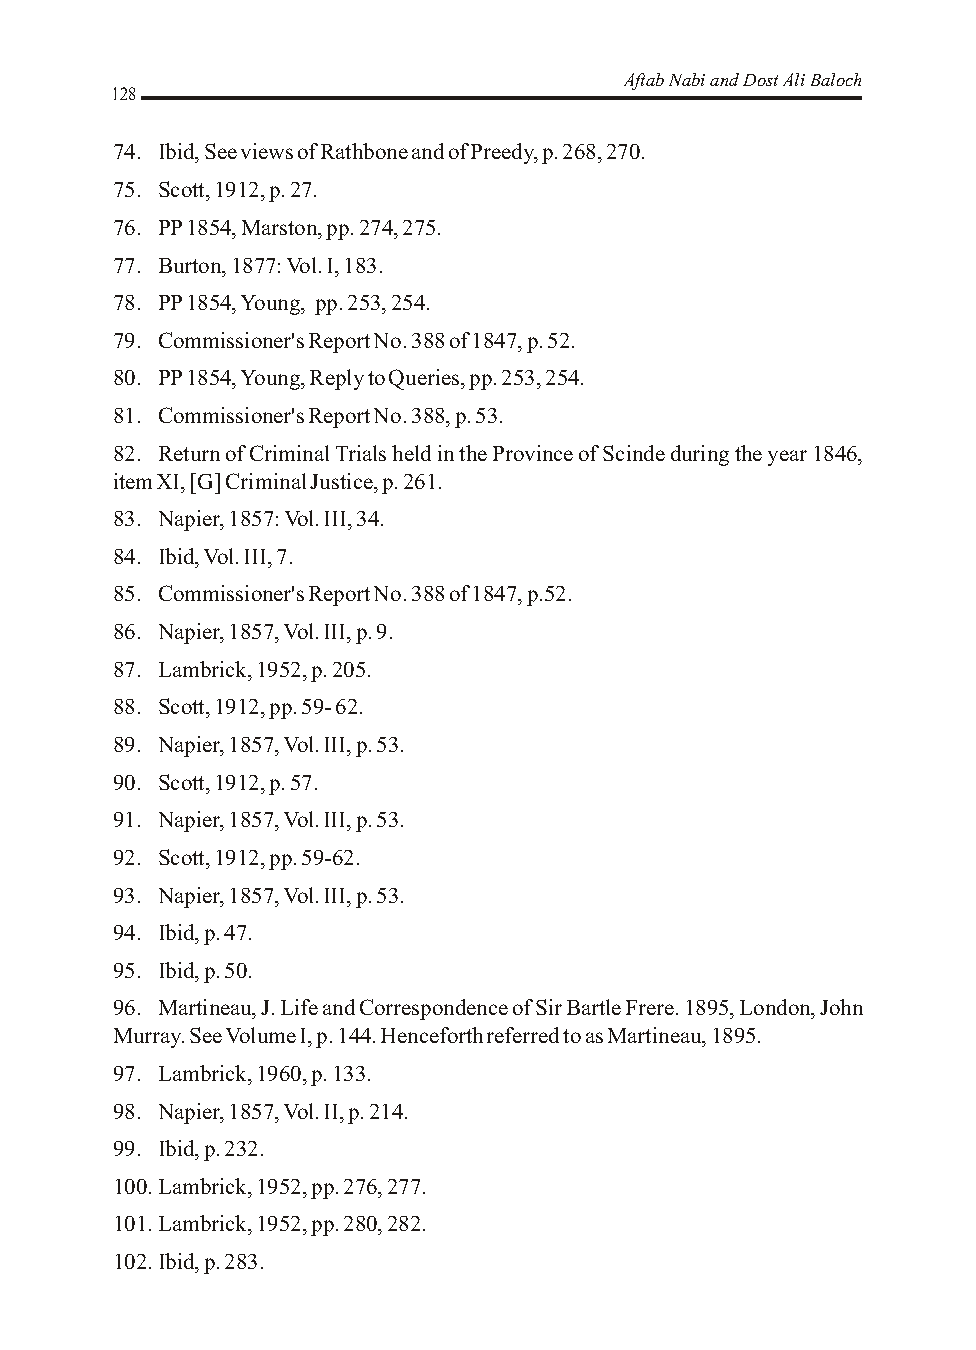
Aftab Nabi and Dost Ali Baloch
 128
 74. Ibid, See views of Rathbone and of Preedy, p. 268, 270.
 75. Scott, 1912, p. 27.
 76. PP 1854, Marston, pp. 274, 275.
 77. Burton, 1877: Vol. I, 183.
 78. PP 1854, Young, pp. 253, 254.
 79. Commissioner's Report No. 388 of 1847, p. 52.
 80. PP 1854, Young, Reply to Queries, pp. 253, 254.
 81. Commissioner's Report No. 388, p. 53.
 82. Return of Criminal Trials held in the Province of Scinde during the year 1846,
 item XI, [G] Criminal Justice, p. 261.
 83. Napier, 1857: Vol. III, 34.
 84. Ibid, Vol. III, 7.
 85. Commissioner's Report No. 388 of 1847, p.52.
 86. Napier, 1857, Vol. III, p. 9.
 87. Lambrick, 1952, p. 205.
 88. Scott, 1912, pp. 59- 62.
 89. Napier, 1857, Vol. III, p. 53.
 90. Scott, 1912, p. 57.
 91. Napier, 1857, Vol. III, p. 53.
 92. Scott, 1912, pp. 59-62.
 93. Napier, 1857, Vol. III, p. 53.
 94. Ibid, p. 47.
 95. Ibid, p. 50.
 96. Martineau, J. Life and Correspondence of Sir Bartle Frere. 1895, London, John
 Murray. See Volume I, p. 144. Henceforth referred to as Martineau, 1895.
 97. Lambrick, 1960, p. 133.
 98. Napier, 1857, Vol. II, p. 214.
 99. Ibid, p. 232.
 100.Lambrick, 1952, pp. 276, 277.
 101.Lambrick, 1952, pp. 280, 282.
 102.Ibid, p. 283.